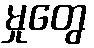
မှုတွေ